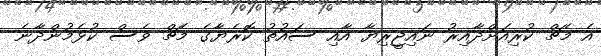
އެ މެޗް ކުރިއަށްދާއިރު ނައިޖީރިޔާ އާއި ސައުތު ކޮރެޔާގެ މެޗް ވެސް ކުޅެމުންދާނެ